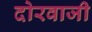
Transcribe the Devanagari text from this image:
दोरवाजी